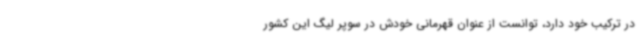
در ترکیب خود دارد، توانست از عنوان قهرمانی خودش در سوپر لیگ این کشور